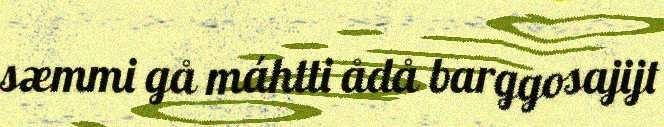
sæmmi gå máhtti ådå barggosajijt